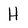
Character: H